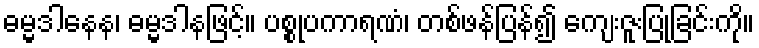
ဓမ္မဒါနေန၊ ဓမ္မဒါနဖြင့်။ ပစ္စုပကာရဏံ၊ တစ်ဖန်ပြန်၍ ကျေးဇူးပြုခြင်းကို။